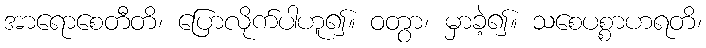
အာရောစေတီတိ၊ ပြောလိုက်ပါဟူ၍။ ဝတွာ၊ မှာခဲ့၍။ သစေပစ္စာဟရတိ၊